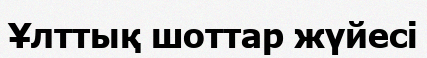
Ұлттық шоттар жүйесі